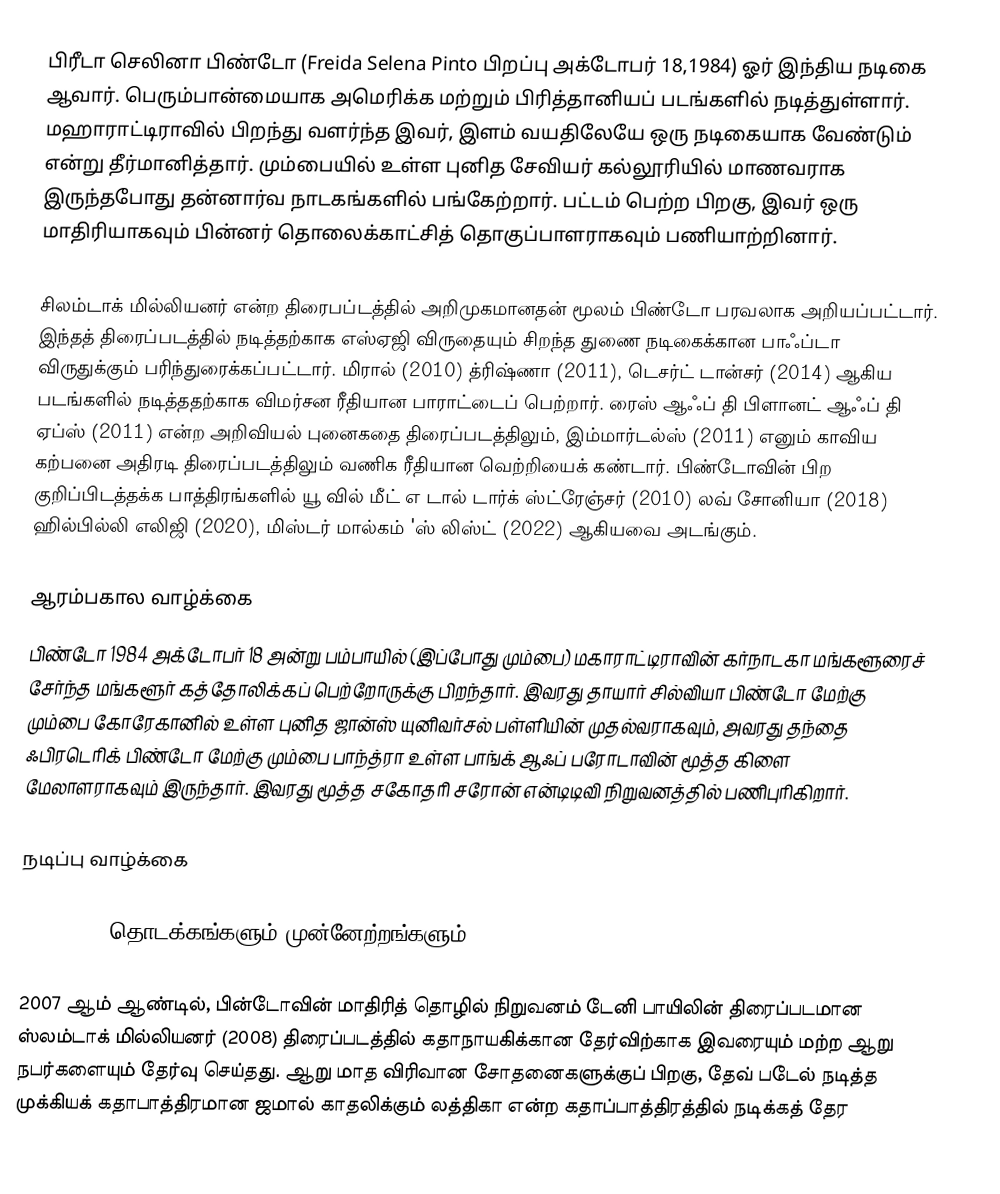
பிரீடா செலினா பிண்டோ (Freida Selena Pinto பிறப்பு அக்டோபர் 18,1984) ஓர் இந்திய நடிகை ஆவார். பெரும்பான்மையாக அமெரிக்க மற்றும் பிரித்தானியப் படங்களில் நடித்துள்ளார். மஹாராட்டிராவில் பிறந்து வளர்ந்த இவர், இளம் வயதிலேயே ஒரு நடிகையாக வேண்டும் என்று தீர்மானித்தார். மும்பையில் உள்ள புனித சேவியர் கல்லூரியில் மாணவராக இருந்தபோது தன்னார்வ நாடகங்களில் பங்கேற்றார். பட்டம் பெற்ற பிறகு, இவர் ஒரு மாதிரியாகவும் பின்னர் தொலைக்காட்சித் தொகுப்பாளராகவும் பணியாற்றினார்.

சிலம்டாக் மில்லியனர் என்ற திரைபப்டத்தில் அறிமுகமானதன் மூலம் பிண்டோ பரவலாக அறியப்பட்டார். இந்தத் திரைப்படத்தில் நடித்தற்காக எஸ்ஏஜி விருதையும் சிறந்த துணை நடிகைக்கான பாஃப்டா விருதுக்கும் பரிந்துரைக்கப்பட்டார். மிரால் (2010) த்ரிஷ்ணா (2011), டெசர்ட் டான்சர் (2014) ஆகிய படங்களில் நடித்ததற்காக விமர்சன ரீதியான பாராட்டைப் பெற்றார். ரைஸ் ஆஃப் தி பிளானட் ஆஃப் தி ஏப்ஸ் (2011) என்ற அறிவியல் புனைகதை திரைப்படத்திலும், இம்மார்டல்ஸ் (2011) எனும் காவிய கற்பனை அதிரடி திரைப்படத்திலும் வணிக ரீதியான வெற்றியைக் கண்டார். பிண்டோவின் பிற குறிப்பிடத்தக்க பாத்திரங்களில் யூ வில் மீட் எ டால் டார்க் ஸ்ட்ரேஞ்சர் (2010) லவ் சோனியா (2018) ஹில்பில்லி எலிஜி (2020), மிஸ்டர் மால்கம் 'ஸ் லிஸ்ட் (2022) ஆகியவை அடங்கும்.

ஆரம்பகால வாழ்க்கை
பிண்டோ 1984 அக்டோபர் 18 அன்று பம்பாயில் (இப்போது மும்பை) மகாராட்டிராவின் கர்நாடகா மங்களூரைச் சேர்ந்த மங்களூர் கத்தோலிக்கப் பெற்றோருக்கு பிறந்தார். இவரது தாயார் சில்வியா பிண்டோ மேற்கு மும்பை கோரேகானில் உள்ள புனித ஜான்ஸ் யுனிவர்சல் பள்ளியின் முதல்வராகவும், அவரது தந்தை ஃபிரடெரிக் பிண்டோ மேற்கு மும்பை பாந்த்ரா உள்ள பாங்க் ஆஃப் பரோடாவின் மூத்த கிளை மேலாளராகவும் இருந்தார். இவரது மூத்த சகோதரி சரோன் என்டிடிவி நிறுவனத்தில் பணிபுரிகிறார்.

நடிப்பு வாழ்க்கை

2008-2010: தொடக்கங்களும் முன்னேற்றங்களும்

2007 ஆம் ஆண்டில், பின்டோவின் மாதிரித் தொழில் நிறுவனம் டேனி பாயிலின் திரைப்படமான ஸ்லம்டாக் மில்லியனர் (2008) திரைப்படத்தில் கதாநாயகிக்கான தேர்விற்காக இவரையும் மற்ற ஆறு நபர்களையும் தேர்வு செய்தது.   ஆறு மாத விரிவான சோதனைகளுக்குப் பிறகு, தேவ் படேல் நடித்த முக்கியக் கதாபாத்திரமான ஜமால் காதலிக்கும் லத்திகா என்ற கதாப்பாத்திரத்தில் நடிக்கத் தேர